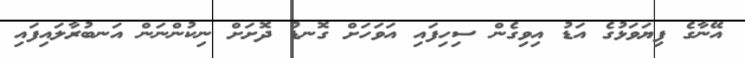
އޭނާގެ ފިޔަވަޅުގެ އަޑު އިވިގެން ސިހިފައި އަވަހަށް ގޮނޑު ދޮށަށް ނިކުންނަން އަނބުރާލައިފައި